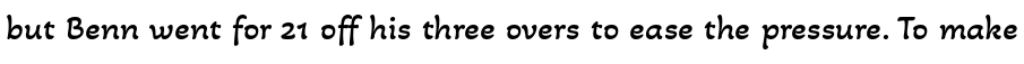
but Benn went for 21 off his three overs to ease the pressure. To make